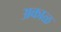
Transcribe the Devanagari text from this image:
अकाळ